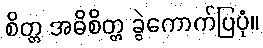
စိတ္တ အဓိစိတ္တ ခွဲကောက်ပြပုံ။